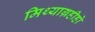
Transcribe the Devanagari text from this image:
मिथ्याग्रहीहो